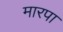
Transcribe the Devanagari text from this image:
मारपा